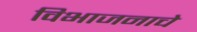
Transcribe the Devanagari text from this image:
विभाजनाचे